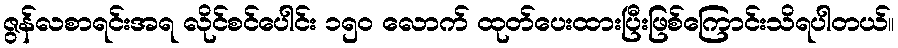
ဇွန်လစာရင်းအရ လိုင်စင်ပေါင်း ၁၅၀ လောက် ထုတ်ပေးထားပြီးဖြစ်ကြောင်းသိရပါတယ်။